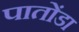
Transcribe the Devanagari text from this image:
पातोंडा